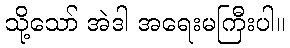
သို့သော် အဲဒါ အရေးမကြီးပါ။